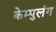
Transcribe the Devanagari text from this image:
केम्पुलंग